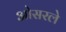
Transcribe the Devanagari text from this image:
ओसरले